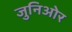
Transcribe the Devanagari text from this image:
जुनिओर